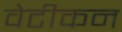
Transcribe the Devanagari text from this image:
वेटीकन